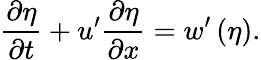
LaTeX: {\frac{\partial\eta}{\partial t}}+u^{\prime}{\frac{\partial\eta}{\partial x}}=w^{\prime}\left(\eta\right).